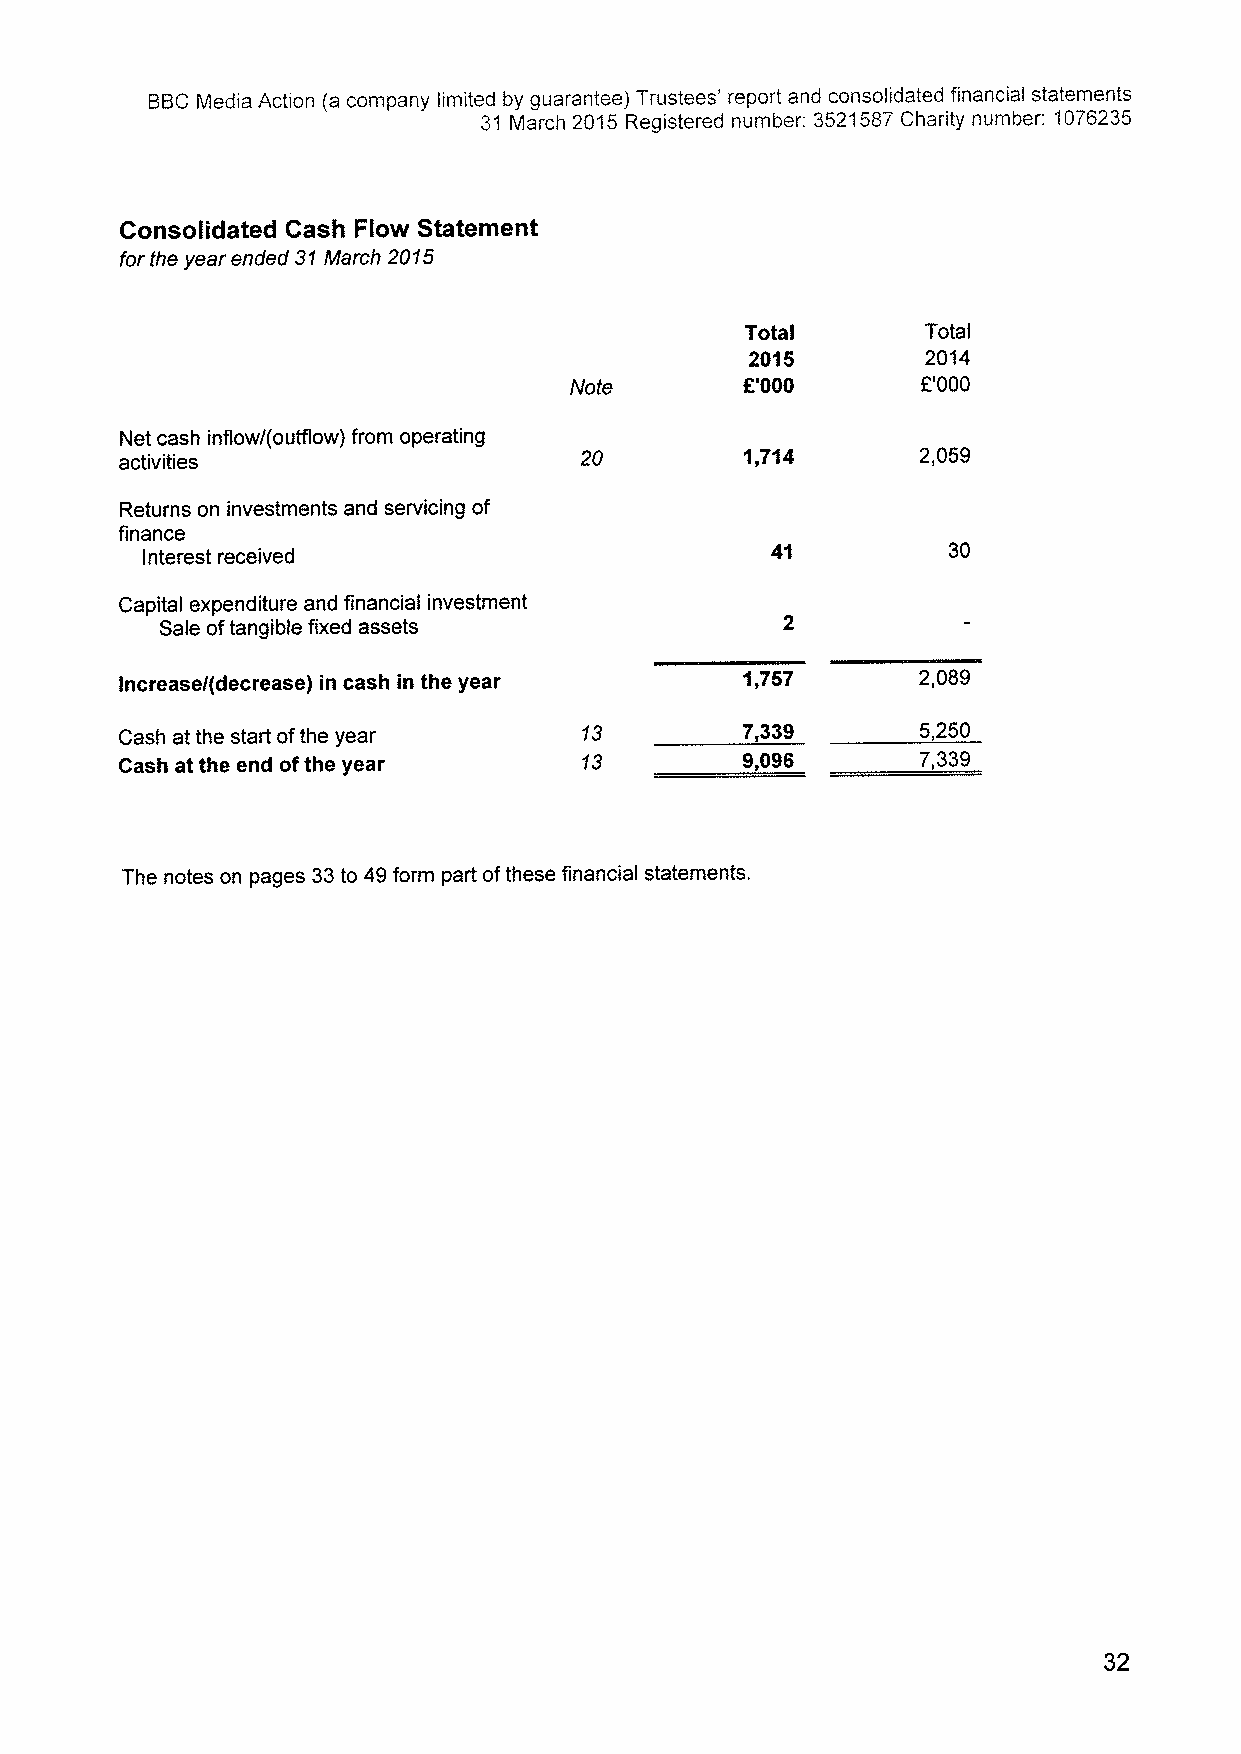
BBCMedia Action (a company limited by guarantee) Trustees' report and consolidated financial statements
 31 March 2015 Registered number; 3521587Charity number: 1076235
 Consolidated Cash Flow Statement
 for the year ended 31March 2015
 Total       Total
 2015       2014
 f'000       F'000
 Note
 Net cash inflow/(outflow) from operating
 activities                    20         1,714       2,059
 Returns on investments and servicing of
 finance
 Interest received                         41          30
 Capital expenditure and financial investment
 Sale oftangible fixed assets
 Increase/(decrease) in cash in the year  1,757       2,089
 Cash at the start ofthe year   13        7,339       5,250
 Cash at the end ofthe year     13        9„096       7,339
 The notes on pages 33to 49form part ofthese financial statements.
 32